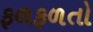
ફળફળતો